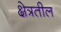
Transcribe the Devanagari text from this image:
क्षेत्रतील